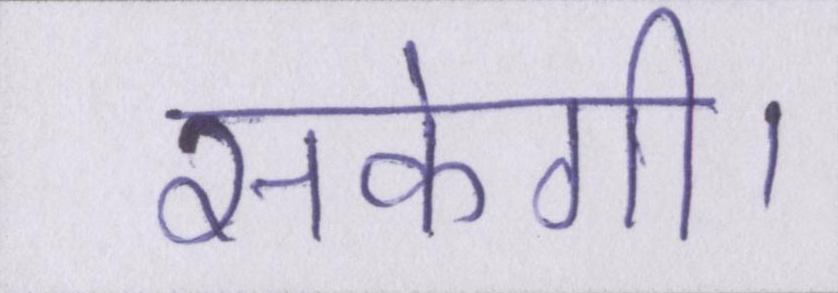
सकेगी।